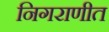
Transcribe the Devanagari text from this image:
निगराणीत